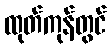
ထုတ်ကုန်တွင်